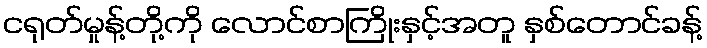
ငရုတ်မှုန့်တို့ကို လောင်စာကြိုးနှင့်အတူ နှစ်တောင်ခန့်